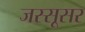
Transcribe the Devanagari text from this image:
जस्सूसर